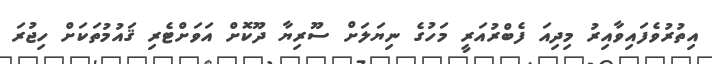
އިތުރުވެފައިވާއިރު މިދިއަ ފެބްރުއަރީ މަހުގެ ނިޔަލަށް ސޫރިޔާ ދޫކޮށް އަވަށްޓެރި ޤައުމުތަކަށް ހިޖުރަ